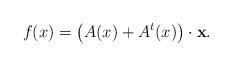
LaTeX: \begin{align*}f(x) = \left(A(x) + A^t(x)\right)\cdot \mathbf x.\end{align*}